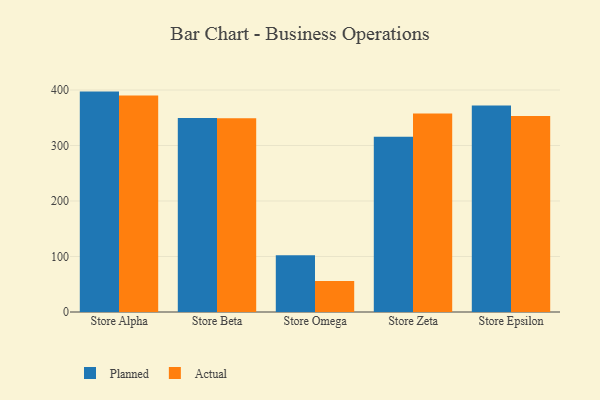
{"axis": {"x": "Store", "y": "Customer Acquisition Cost (USD)"}, "legend": ["Actual", "Planned"], "data": [{"x": "Store Alpha", "y": 397.1, "type": "Planned"}, {"x": "Store Alpha", "y": 390.2, "type": "Actual"}, {"x": "Store Beta", "y": 349.4, "type": "Planned"}, {"x": "Store Beta", "y": 349.2, "type": "Actual"}, {"x": "Store Omega", "y": 102.4, "type": "Planned"}, {"x": "Store Omega", "y": 55.9, "type": "Actual"}, {"x": "Store Zeta", "y": 315.6, "type": "Planned"}, {"x": "Store Zeta", "y": 357.7, "type": "Actual"}, {"x": "Store Epsilon", "y": 372.0, "type": "Planned"}, {"x": "Store Epsilon", "y": 353.1, "type": "Actual"}]}